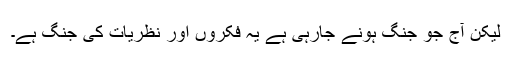
لیکن آج جو جنگ ہونے جارہی ہے یہ فکروں اور نظریات کی جنگ ہے۔